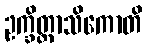
ဥက္ခိတ္တာသိကောတိ